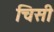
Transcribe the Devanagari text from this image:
चिसी